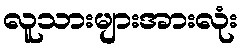
လူသားများအားလုံး